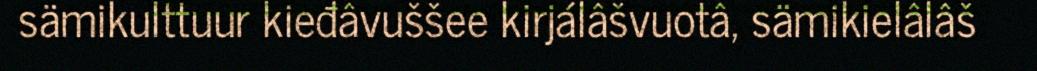
sämikulttuur kieđâvuššee kirjálâšvuotâ, sämikielâlâš